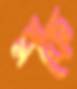
ব্লকে